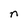
Character: n